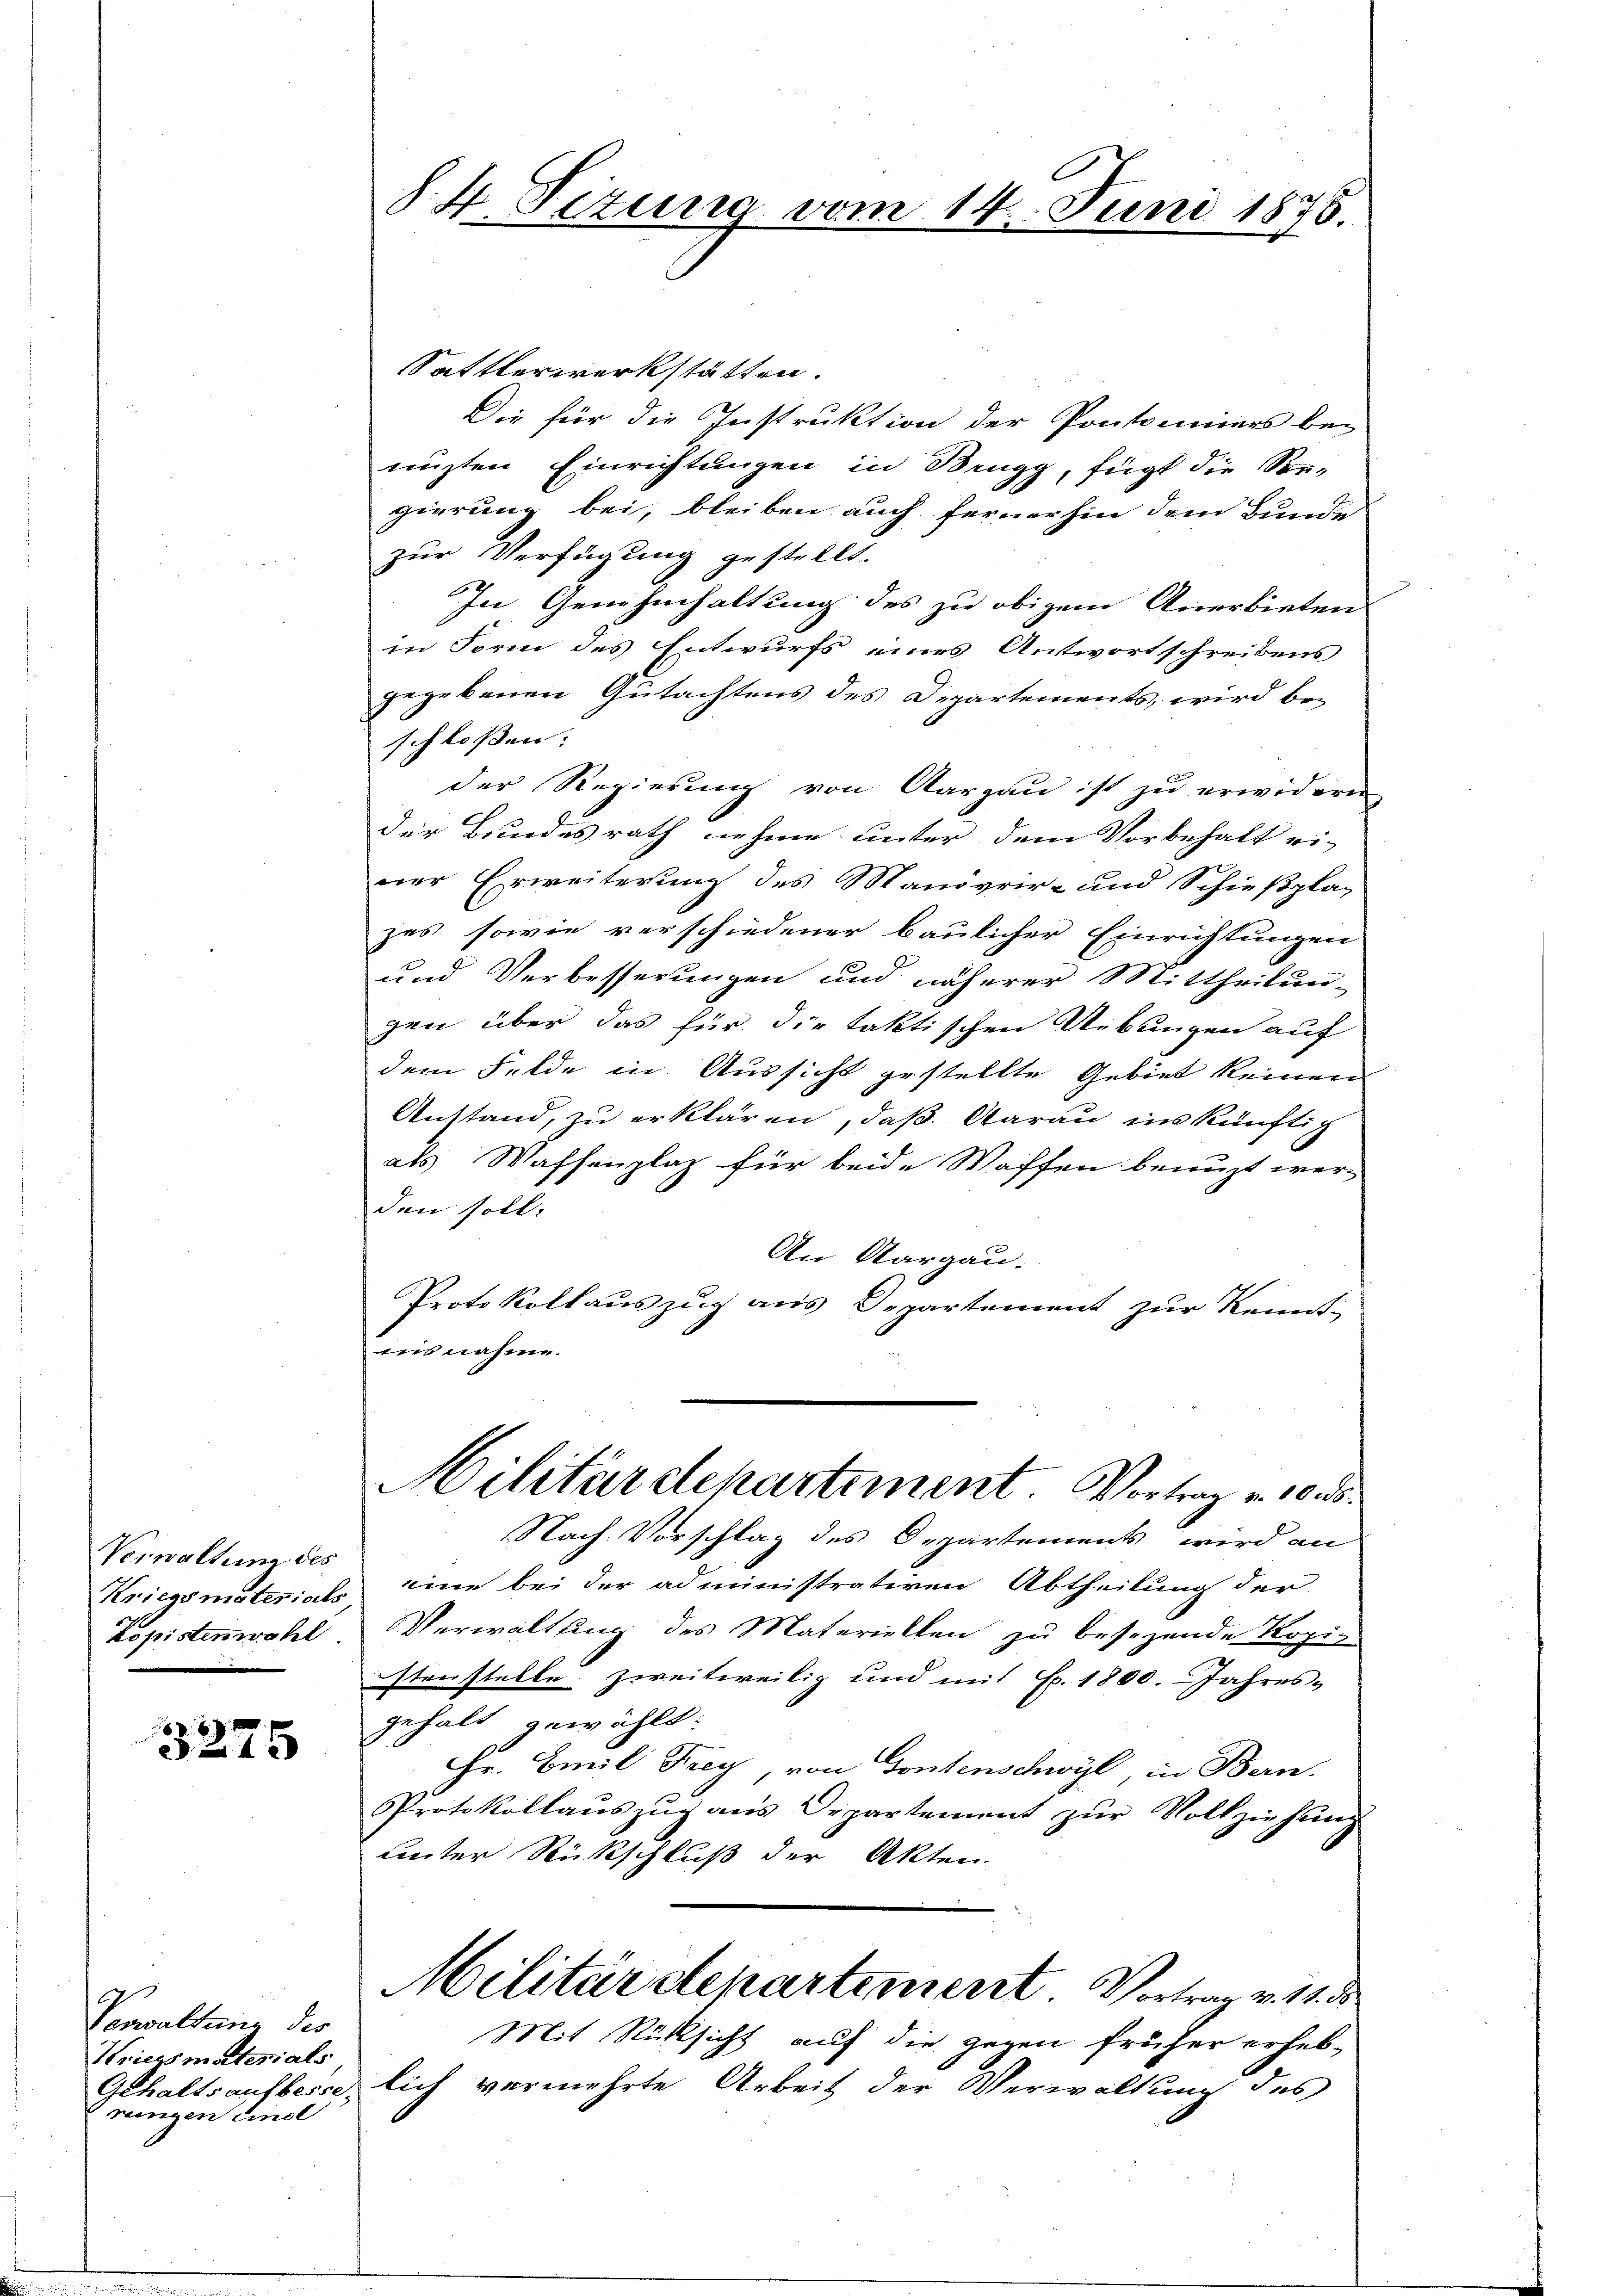
Verwaltung des
Kriegsmaterials
kopisten wohl

3275

Verwaltung des
Kriegsmaterials
Gehaltsaufbesse
rungen Einl

84 Tizung vom 14. Juni 1875.

Sattlerwerkstätten.
Die für die Instruktion der Pontomiers be-
nuzten Einrichtungen in Brugg, fügt die See-
gierung bei, bleiben auch fernerhin dem Bunde
zur Verfügung gestellt.
In Genehmhaltung des zu obigem Anerbieten
in Form des Entwurfs eines Antwortschreibens
gegebenen Gutachtens des Departements, wird be-
schloßen:
der Regierung von Aargau ist zu erwideren
der Bundesrath nehme unter dem Vorbehalt ei-
ner Erweiterung des Manövrir- und Schießpla-
zes sowie verschiedener baulicher Einrichtungen
und Verbesserungen und näherer Mittheilun-
gen über das für die taktischen Uebungen auf
dem Felde in Aussicht gestellte Gebiet keinen
Anstand, zu erklären, daß darau ins künftig
als Waffenplaz für beide Waffen benuzt wer-
den soll.
An Aargau.
Protokollauszug aus Departement zur Kennt-
ins nahme.

Nach Vorschlag des Departements wird an
eine bei der administrativen Abtheilung der
Verwaltung des Materiellen zu besezende Kopig
stenstelle zweitweilig und mit Fr. 1800. Jahres-
gehalt gewählt:
Hr. Emil Frey von Tontenschwyl in Bern.
Protokollaŭszŭg ans Departement zŭr Vollziehung
unter Rückschluß der Akten.
Militärdepartement Vortrag v. 11. d
Mit Rücksicht auf die gegen früher erheb-
lich vermehrte Arbeit der Verwaltung des

Militärdepartement Vortrag v. 10. ds.